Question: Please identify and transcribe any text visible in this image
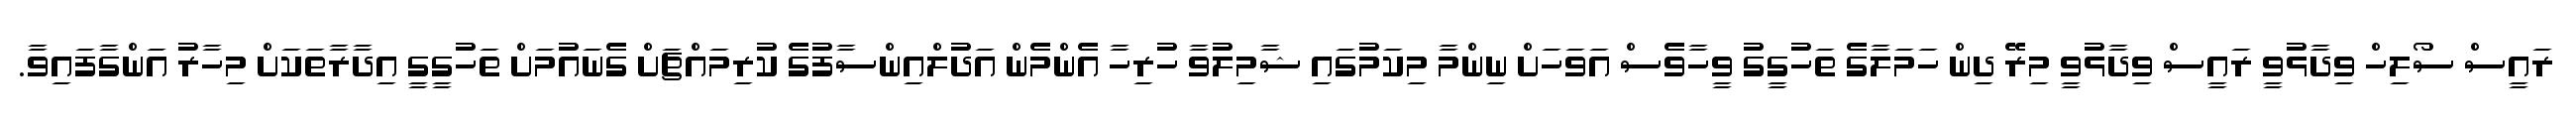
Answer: ރައީސް ސޯލިހް ވިދާޅުވީ ރައީސް ވިދާޅުވީ މިރޭ ދިން ހަމަލާގެ ތަހުގީގު ވީހާވެސް އަވަހަށް ނިންމާ މިކަމުގައި ޝާމިލުވާ ހުރިހާ އެންމެން އަދުލްއިންސާފުގެ ކުރިމައްޗަށް ގެނައުމަށް ތަހުގީގީ އިދާރާތަކަށް މިހާރު އަންގާފައިވާ.